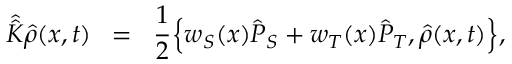
\hat { \hat { K } } \hat { \rho } ( x , t ) \; \; = \; \; \frac { 1 } { 2 } \Big \{ w _ { S } ( x ) \hat { P } _ { S } + w _ { T } ( x ) \hat { P } _ { T } , \hat { \rho } ( x , t ) \Big \} ,